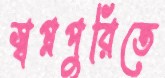
স্বপ্নপুরিতে